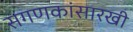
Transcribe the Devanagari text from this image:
संगणकांसारखी